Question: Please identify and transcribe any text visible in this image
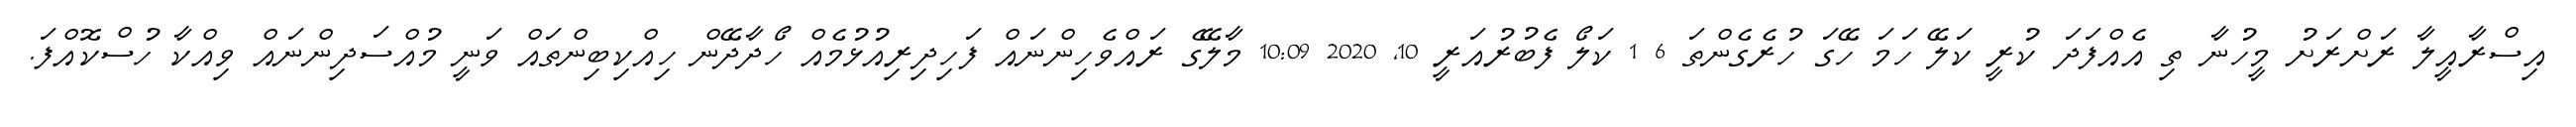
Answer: އިސްރާއީލާ ރަށްރަށު މީހުނާ ތި އެއްފަދަ ކުރީ ކަލޭ ހަމަ ހޭގަ ހުރެގެންތަ 6 1 ކަލޯ ފެބުރުއަރީ 10, 2020 10:09 މާލޭގެ ރައްވެހިންނައް ފަހިދިރިއުޅުމެއް ހޯދާދޭން ހިއްކިބިންތައް ވަނީ މުއްސަދިންނައް ވިއްކާ ހުސްކޮއްފަ.